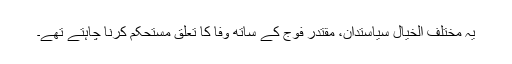
یہ مختلف الخیال سیاستدان، مقتدر فوج کے ساتھ وفا کا تعلق مستحکم کرنا چاہتے تھے۔